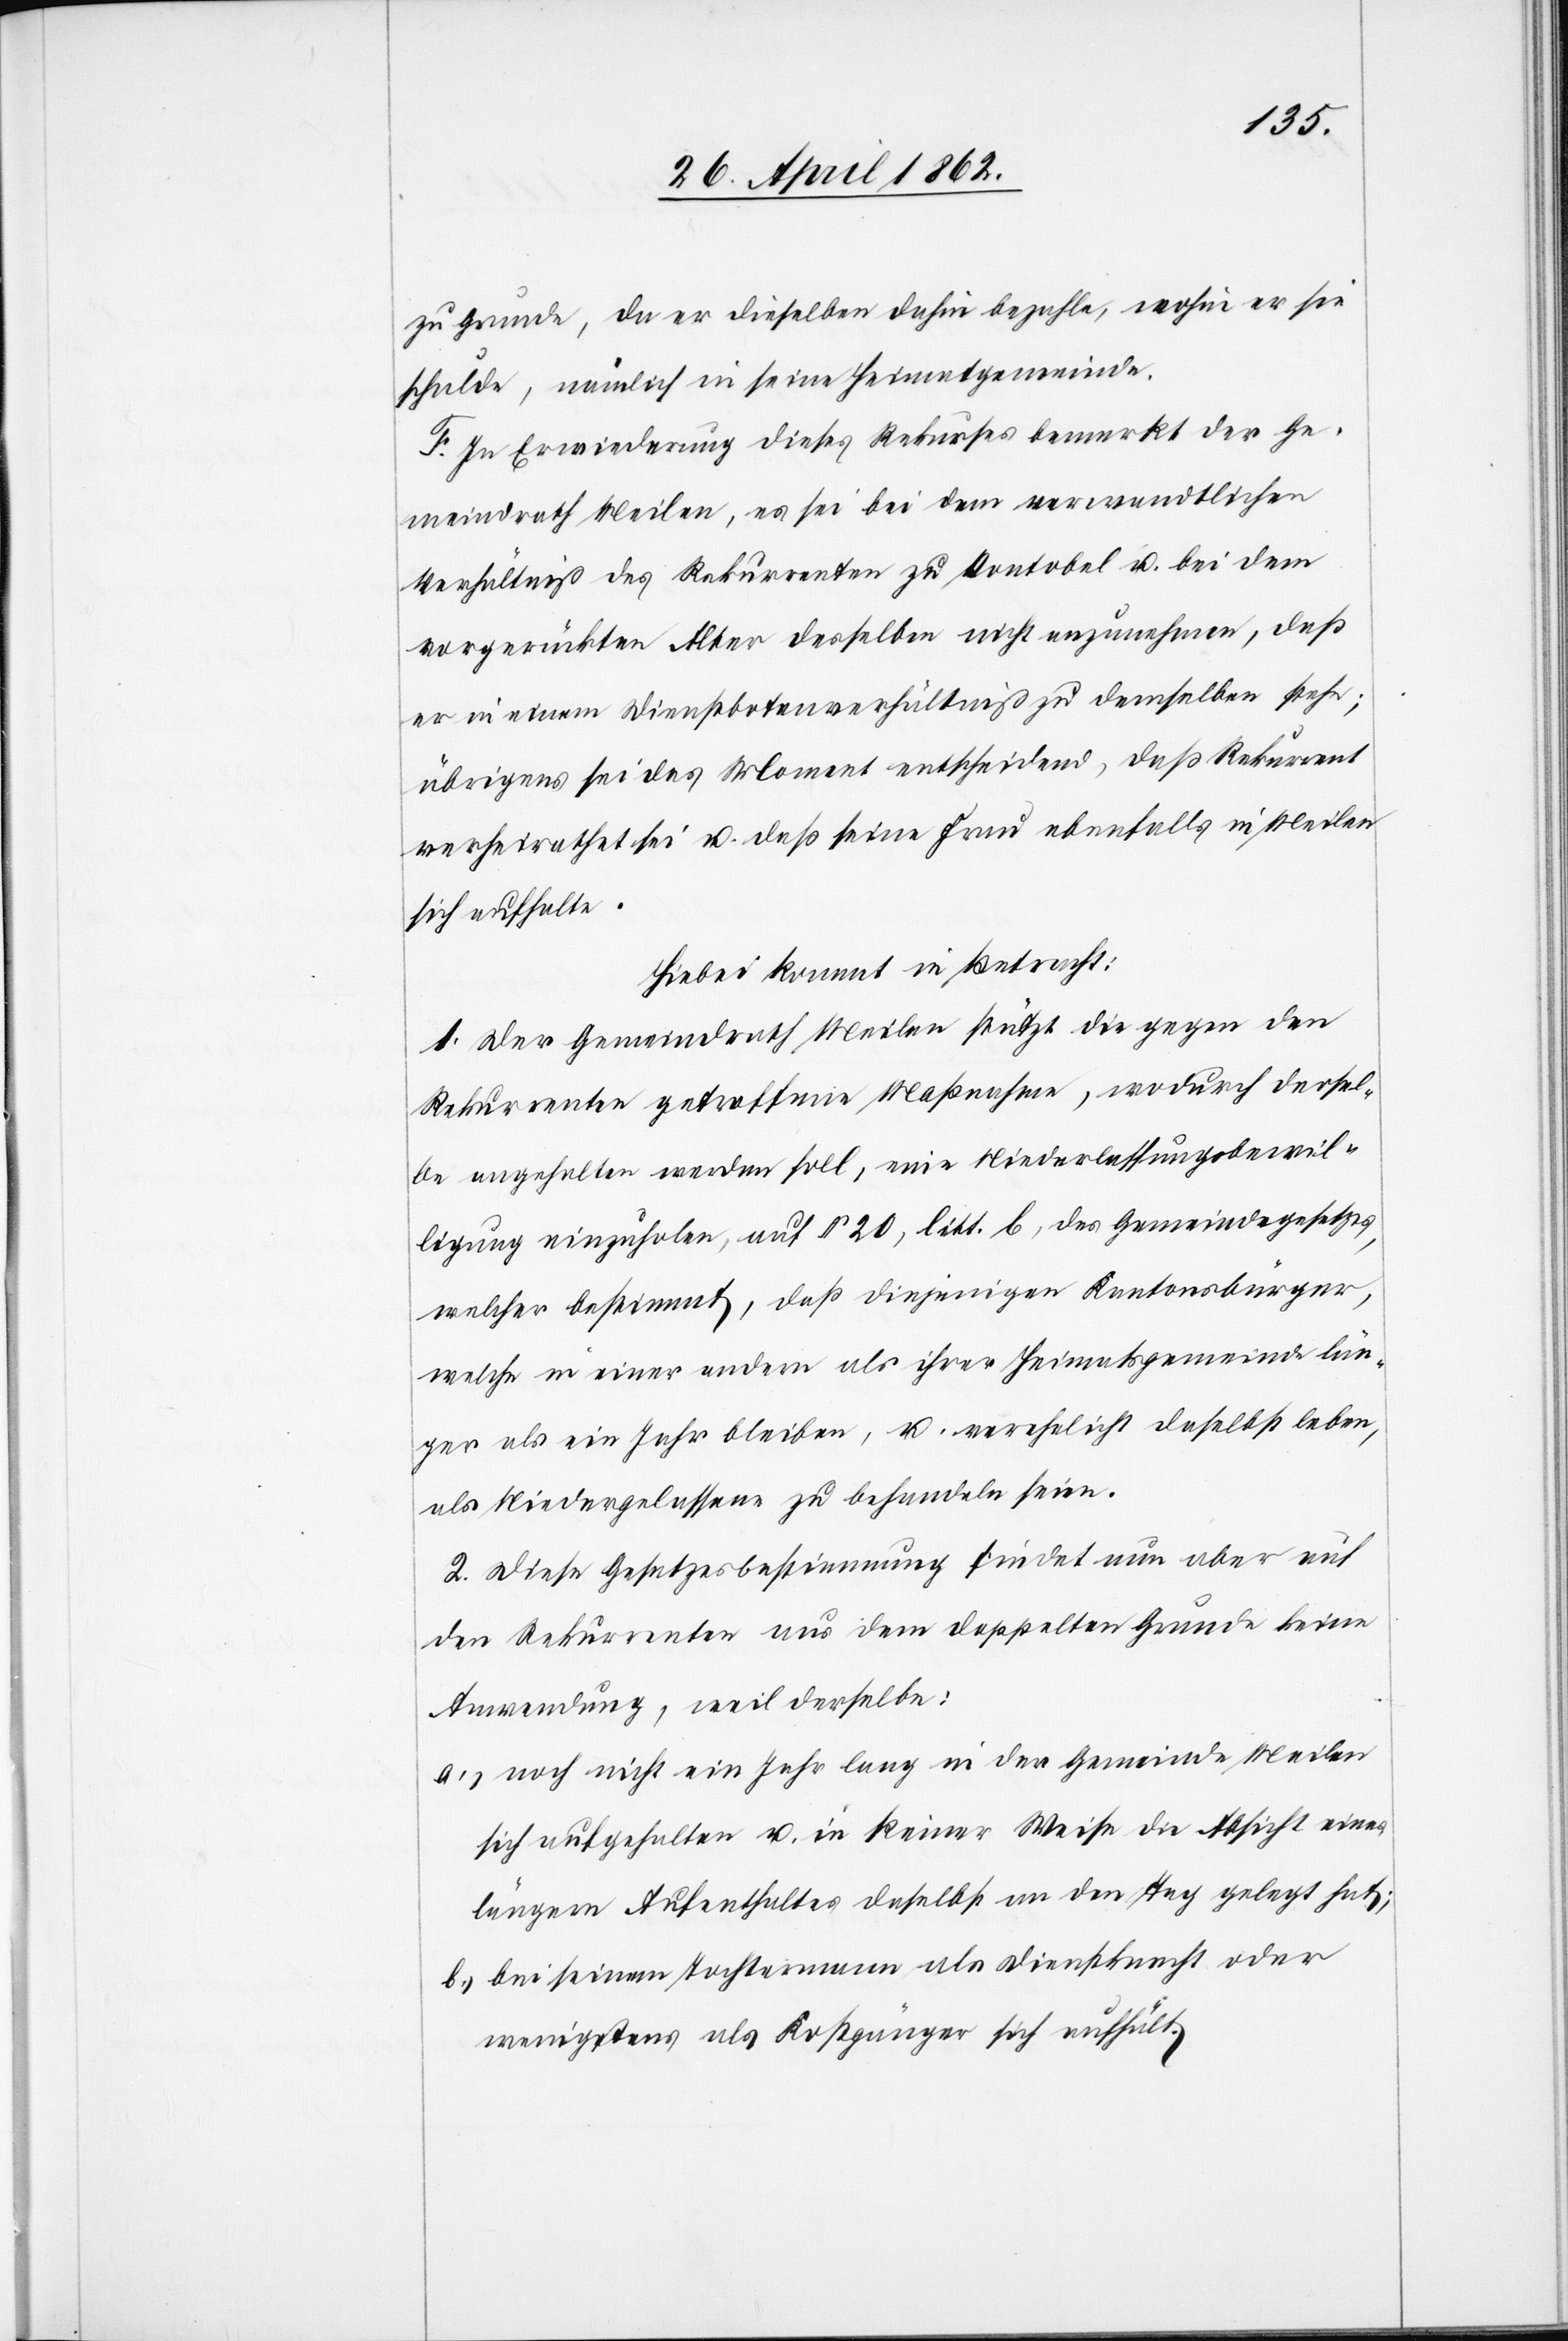
zu Grunde, da er dieselbe dahin bezahlte, wohin er sie
schulde, nämlich in seine Heimatgemeinde.
F. In Erwiderung dieses Rekurses bemerkt der Ge¬
meindrath Meilen, es sei bei dem verwandtlichen
Verhältniß des Rekurrenten zu Vontobel u. bei dem
vorgerückten Alter desselben nicht anzunehmen, daß
er in einem Dienstbotenverhältniß zu demselben stehe;
übrigens sei das Moment entscheidend, daß Rekurrent
verheirathet sei u. daß seine Frau ebenfalls in Meilen
sich aufhalte.
Hiebei kommt in Betracht:
1. Der Gemeindrath Meilen stützt die gegen den
Rekurrenten getroffene Maßnahme, wodurch dersel¬
be angehalten werden soll, eine Niederlassungsbewil¬
ligung einzuholen, auf § 20, litt. b, des Gemeindegesetzes,
welcher bestimmt, daß diejenigen Kantonsbürger,
welche in einer andern als ihrer Heimatsgemeinde län¬
ger als ein Jahr bleiben, u. verehelicht daselbst leben,
als Niedergelassene zu behandeln seien.
2. Diese Gesetzesbestimmung findet nun aber auf
den Rekurrenten aus dem doppelten Grunde keine
Anwendung, weil derselbe:
a) noch nicht ein Jahr lang in der Gemeinde Meilen
sich aufgehalten u. in keiner Weise in Absicht eines
längern Aufenthaltes daselbst an den Tag gelegt hat;
b) bei seinem Tochtermann als Dienstknecht oder
wenigstens als Kostgänger sich aufhält.